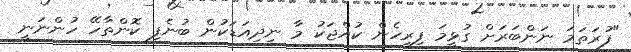
"ފުރަތަމަ ނަންބަރަށް ގުޅީމަ ފިރިހެން ކުއްޖަކު މާ ނިދިއަޑަކުން ބުނެފި ކޮންތާހޭ ހުންނަނީ